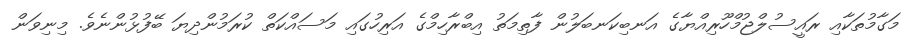
މަގާމުތަކާއި ރައީސުލްޖުމްހޫރިއްޔާގެ އަނބިކަނބަލުން ފާތިމަތު އިބްރާހިމްގެ އަރިހުގައި މަސައްކަތް ކުރަމުންދިޔަ ބޭފުޅުންނެވެ. މިނިވަން